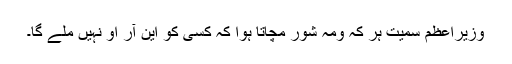
وزیرِاعظم سمیت ہر کہ ومہ شور مچاتا ہوا کہ کسی کو این آر او نہیں ملے گا۔